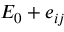
E _ { 0 } + e _ { i j }